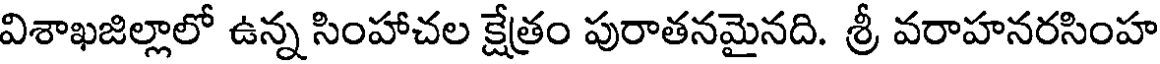
విశాఖజిల్లాలో ఉన్న సింహాచల క్షేత్రం పురాతనమైనది. శ్రీ వరాహనరసింహ